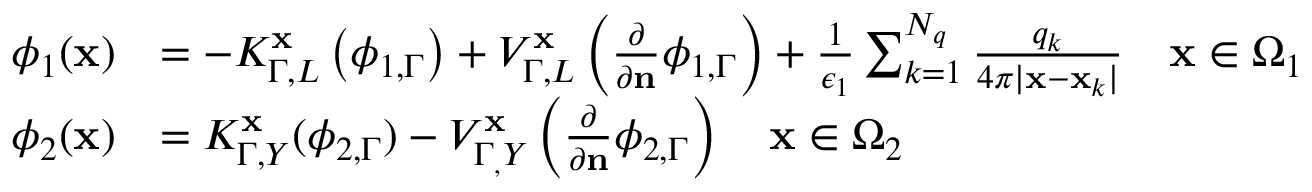
\begin{array} { r l } { \phi _ { 1 } ( \mathbf { x } ) } & { = - K _ { \Gamma , L } ^ { \mathbf { x } } \left( \phi _ { 1 , \Gamma } \right) + V _ { \Gamma , L } ^ { \mathbf { x } } \left( \frac { \partial } { \partial \mathbf { n } } \phi _ { 1 , \Gamma } \right) + \frac { 1 } { \epsilon _ { 1 } } \sum _ { k = 1 } ^ { N _ { q } } \frac { q _ { k } } { 4 \pi | \mathbf { x } - \mathbf { x } _ { k } | } \quad \mathbf { x } \in \Omega _ { 1 } } \\ { \phi _ { 2 } ( \mathbf { x } ) } & { = K _ { \Gamma , Y } ^ { \mathbf { x } } ( \phi _ { 2 , \Gamma } ) - V _ { \Gamma _ { , } Y } ^ { \mathbf { x } } \left( \frac { \partial } { \partial \mathbf { n } } \phi _ { 2 , \Gamma } \right) \quad \mathbf { x } \in \Omega _ { 2 } } \end{array}